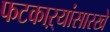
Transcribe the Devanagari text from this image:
फटकाऱ्यांसारखे